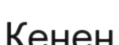
Кенен